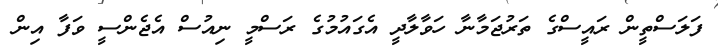
ފަލަސްތީން ރައީސްގެ ތަރުޖަމާނާ ހަވާލާދީ އެގައުމުގެ ރަސްމީ ނިއުސް އެޖެންސީ ވަފާ އިން